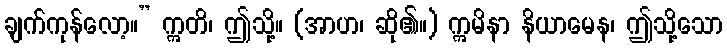
ချက်ကုန်လော့။” ဣတိ၊ ဤသို့။ (အာဟ၊ ဆို၏။) ဣမိနာ နိယာမေန၊ ဤသို့သော